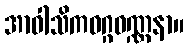
အာဝါသိကဝဂ္ဂဝဏ္ဏနာ။